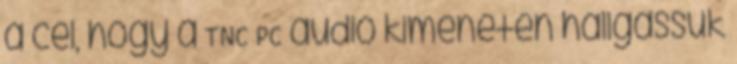
a cél, hogy a TNC PC audio kimenetén hallgassuk